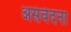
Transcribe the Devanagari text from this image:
असंवेदना